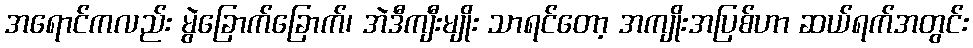
အရောင်ကလည်း မွဲခြောက်ခြောက်၊ အဲဒီကျီးမျိုး သာရင်တော့ အကျိုးအပြစ်ဟာ ဆယ်ရက်အတွင်း